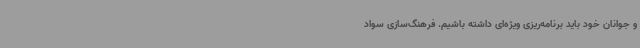
و جوانان خود باید برنامه‌ریزی ویژه‌ای داشته باشیم. فرهنگ‌سازی سواد